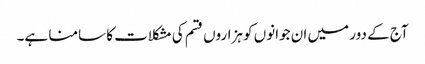
آج کے دور میں ان جوانوں کو ہزاروں قسم کی مشکلات کا سامنا ہے۔